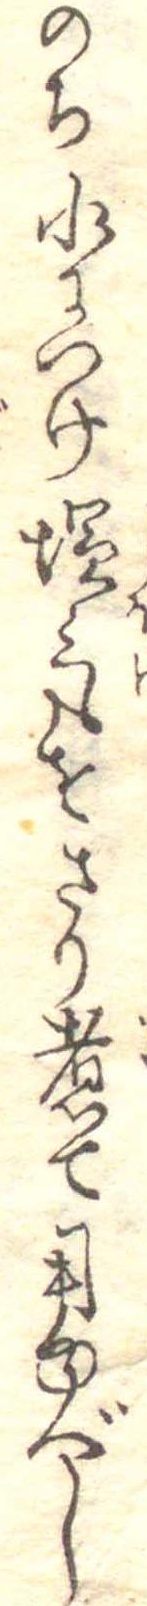
のち水につけ塩気をさり煮て用ゆべし